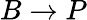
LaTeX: B\rightarrow P